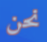
نحن